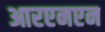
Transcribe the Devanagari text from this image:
आरएनएन